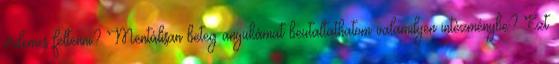
érdemes feltenni? Mentálisan beteg anyukámat beutaltathatom valamilyen intézménybe? Ezt